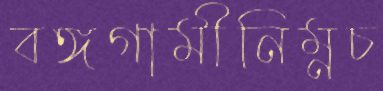
বঙ্গগামীনিম্নচ